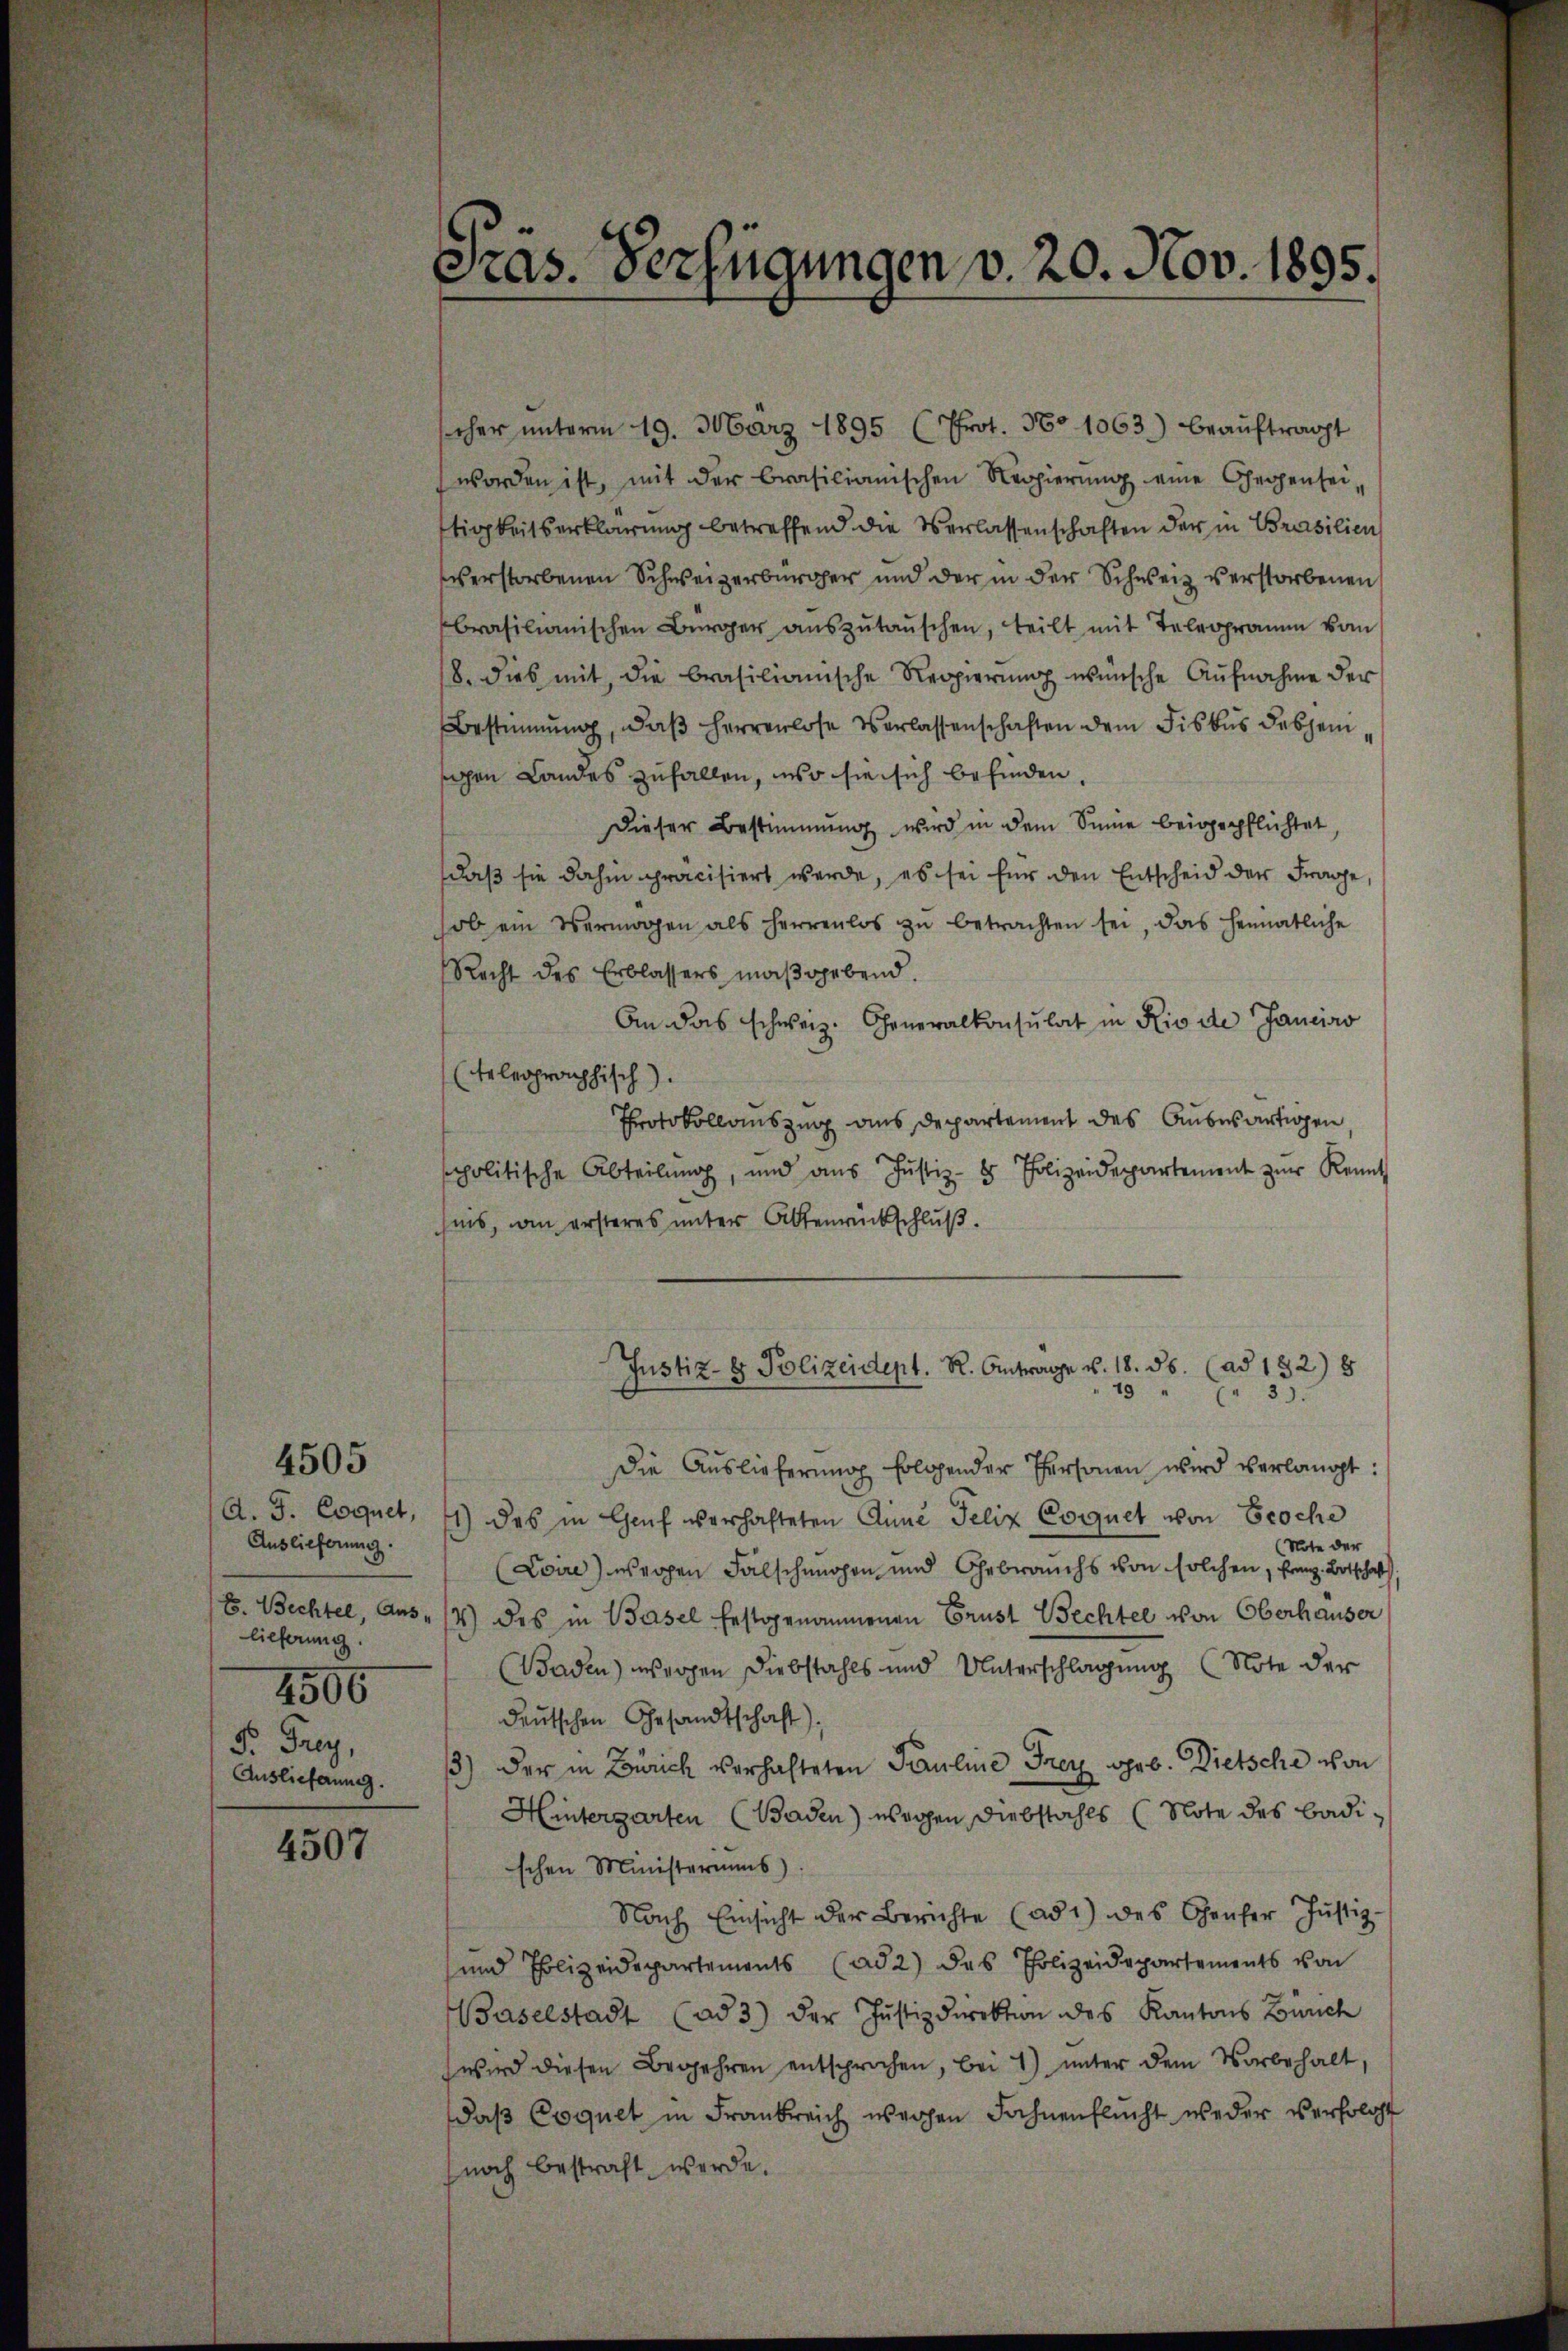
Auslieferung.
lieferung.
4506
F. Frey,
Auslieferung.

4505

4507

scher ŭnterm 19. März 1895 (Prot. No 1063) beaŭftragt
worden ist, mit der brasilianischen Regierŭng eine Gegenseitigkeitserklärung betreffend die Verlassenschaften der in Brasilien
verstorbenen Schweizerbürger und der in der Schweiz verstorbenen
brasilianischen Bürger aŭszŭtaŭschen, teilt mit Telegramm vom
18. dies mit, die brasilianische Regierung wünsche Aufnahme der
Bestimmung, daß Herrenlose Verlassenschaften dem Fiskus desjeni
sigen Landes zufallen, wo sie sich befinden,
Dieser Bestimmung wird in dem Sinne beigepflichtet,
daß sie dahin präcisiert werde, es sei für den Entscheid der Frage,
ob ein Vermögen als Herrenlos zŭ betrachten sei, das heimatliche
Recht des Erblassers maßgebend.
An das schweiz. Generalkonsulat in Rio de Jancisio
(telegraphisch).
Protokollauszug aus Departement des Auswärtigen
politische Abteilŭng, und aŭs Jŭstiz- & Polizeidepartement zŭr Kennt
fnis, wie ersteres unter Altenrückschluß.
Justiz- & Polizeident. R. Antrage v. 18. ds. (ad 132) 8
49 " " 3).
die Auslieferung folgender Personen wird verlangt:
A. J. Coquet, 41) des in Genf verhafteten Anne Felix Coquet von Broche
Note der
(Loire) weggen Falschungen und Gebrauchs von solchen, franz Botschaft,
E. Bechtel, Aus- (4) des in Basel festgenommenen Brust Bechtel von Oberhauser
Baden) wogen Diebstahls und Unterschlagung (Note der
deŭtschen Gesandtschaft).
13) Der in Zürich verhalteten Pauline Frey geb. Dietsche von
Hintergarten (Baden) wegen Diebstahls (Note des Badischen Ministeriums
Nach Einsicht der Berichte (ad 1) des Genfer Justiz-
und Polizeidepartements (ad 2) das Polizeidepartements von
Baselstadt (ad 3) der Justizdirektion des Kantons Zürich
wird diesen Begehren entsprochen, bei 1) unter dem Vorbehalt,
daß Coquet in Frankreich wegen Fahnenflucht weder verfolgt
noch bestraft werde.

Gras. Verfügungen v. 20. Nov. 1895.